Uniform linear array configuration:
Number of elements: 12
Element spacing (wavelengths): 0.5
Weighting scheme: blackman
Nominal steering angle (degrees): -30
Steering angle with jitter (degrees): -31.651
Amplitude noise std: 0.05
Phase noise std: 0.05

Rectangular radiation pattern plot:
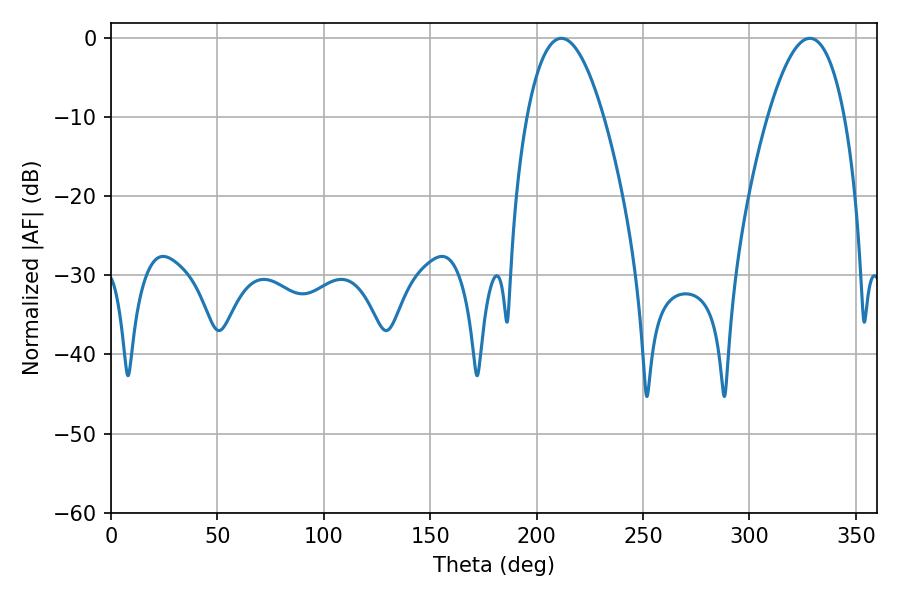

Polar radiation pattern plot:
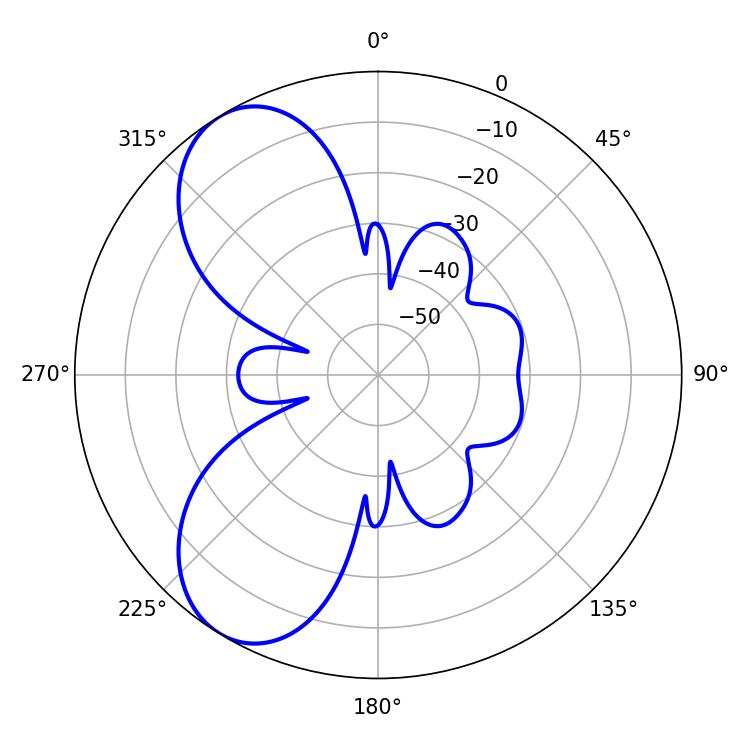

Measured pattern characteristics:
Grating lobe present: FALSE
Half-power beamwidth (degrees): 19.8
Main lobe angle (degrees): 211.68